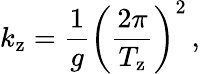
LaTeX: k_{\mathrm{z}}=\frac{1}{g}\left(\frac{2\pi}{T_{\mathrm{z}}}\right)^{2}\, ,